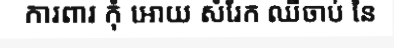
ការពារ កុំ អោយ សំរែក ឈឺចាប់ នៃ